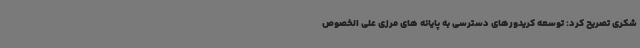
شکری تصریح کرد: توسعه کریدورهای دسترسی به پایانه های مرزی علی الخصوص